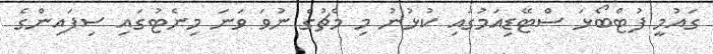
ގައުމީ ފުޓްބޯޅަ ސްޓޭޑިއަމުގައި ކުޅުނު މި މެޗުގެ ނުވަ ވަނަ މިނެޓުގައި ސިފައިންގެ